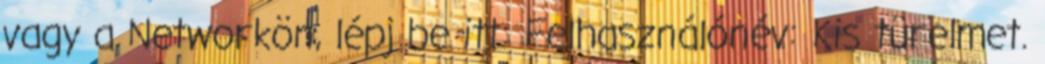
vagy a Networkön, lépj be itt: Felhasználónév: Kis türelmet.